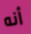
أنه